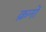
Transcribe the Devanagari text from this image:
क्रनों